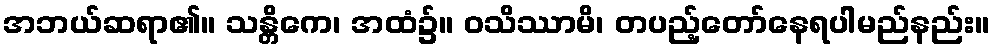
အဘယ်ဆရာ၏။ သန္တိကေ၊ အထံ၌။ ဝသိဿာမိ၊ တပည့်တော်နေရပါမည်နည်း။